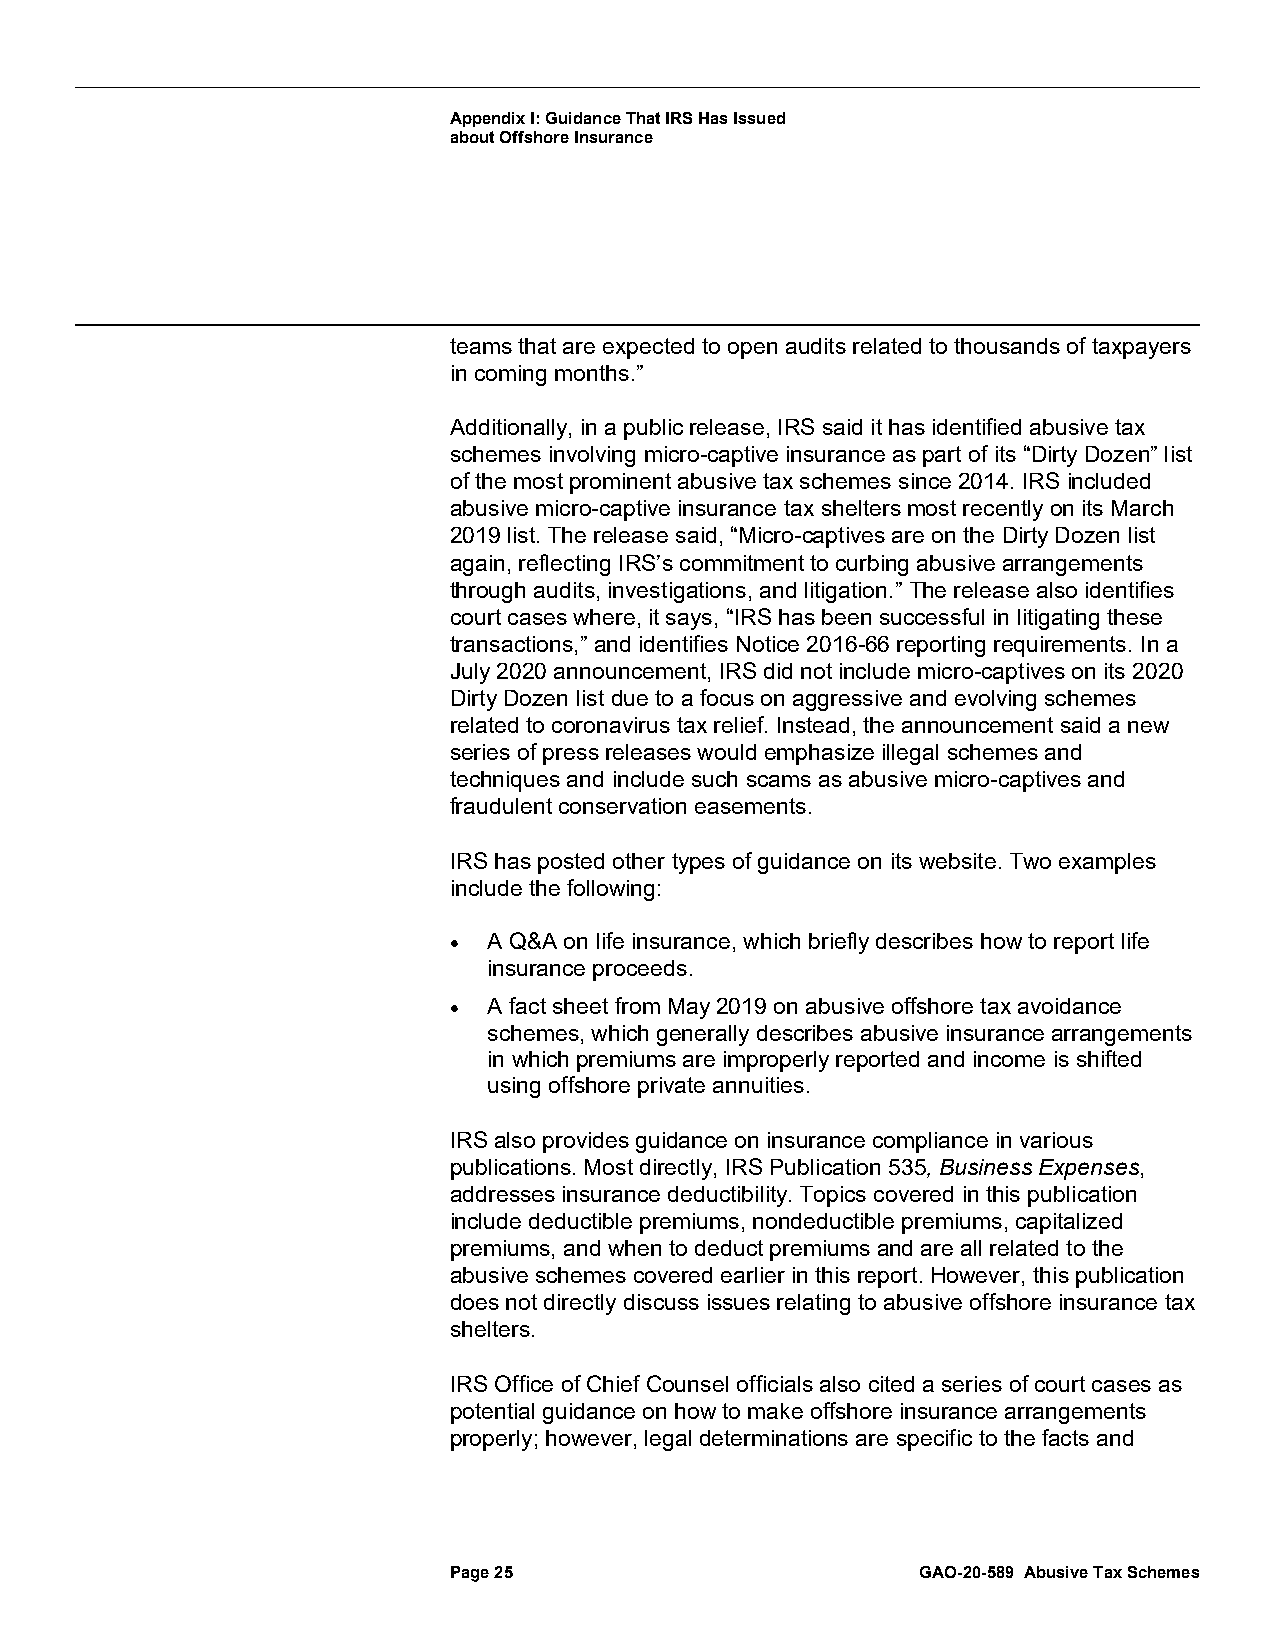
Appendix I: Guidance That IRS Has Issued
 about Offshore Insurance
 teams that are expected to open audits related to thousands of taxpayers
 in coming months.”
 Additionally, in a public release, IRS said it has identified abusive tax
 schemes involving micro-captive insurance as part of its “Dirty Dozen” list
 of the most prominent abusive tax schemes since 2014. IRS included
 abusive micro-captive insurance tax shelters most recently on its March
 2019 list. The release said, “Micro-captives are on the Dirty Dozen list
 again, reflecting IRS’s commitment to curbing abusive arrangements
 through audits, investigations, and litigation.” The release also identifies
 court cases where, it says, “IRS has been successful in litigating these
 transactions,” and identifies Notice 2016-66 reporting requirements. In a
 July 2020 announcement, IRS did not include micro-captives on its 2020
 Dirty Dozen list due to a focus on aggressive and evolving schemes
 related to coronavirus tax relief. Instead, the announcement said a new
 series of press releases would emphasize illegal schemes and
 techniques and include such scams as abusive micro-captives and
 fraudulent conservation easements.
 IRS has posted other types of guidance on its website. Two examples
 include the following:
 • A Q&A on life insurance, which briefly describes how to report life
 insurance proceeds.
 • A fact sheet from May 2019 on abusive offshore tax avoidance
 schemes, which generally describes abusive insurance arrangements
 in which premiums are improperly reported and income is shifted
 using offshore private annuities.
 IRS also provides guidance on insurance compliance in various
 publications. Most directly, IRS Publication 535, Business Expenses,
 addresses insurance deductibility. Topics covered in this publication
 include deductible premiums, nondeductible premiums, capitalized
 premiums, and when to deduct premiums and are all related to the
 abusive schemes covered earlier in this report. However, this publication
 does not directly discuss issues relating to abusive offshore insurance tax
 shelters.
 IRS Office of Chief Counsel officials also cited a series of court cases as
 potential guidance on how to make offshore insurance arrangements
 properly; however, legal determinations are specific to the facts and
 Page 25                        GAO-20-589 Abusive Tax Schemes